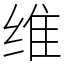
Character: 维